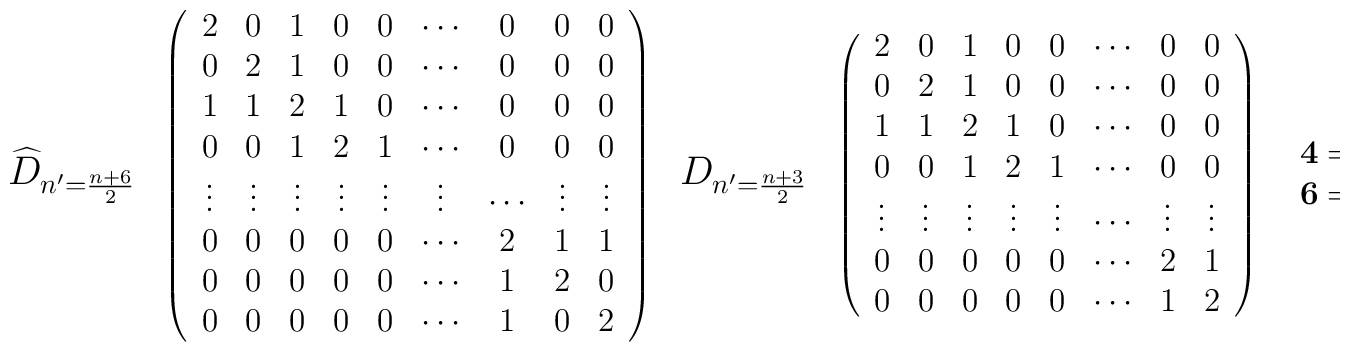
\begin{array}{ccccc}{\mbox {\large $\widehat{D}_{n'=\frac{n+6}{2}}$}}&\left(\begin{array}{ccccccccc}2 & 0 & 1 & 0 & 0 & \cdots & 0 & 0 & 0 \\0 & 2 & 1 & 0 & 0 & \cdots & 0 & 0 & 0 \\1 & 1 & 2 & 1 & 0 & \cdots & 0 & 0 & 0 \\0 & 0 & 1 & 2 & 1 & \cdots & 0 & 0 & 0 \\\vdots & \vdots & \vdots & \vdots &\vdots&\vdots& \cdots & \vdots & \vdots \\0 & 0 & 0 & 0 & 0 & \cdots & 2 & 1 & 1\\0 & 0 & 0 & 0 & 0 & \cdots & 1 & 2 & 0\\0 & 0 & 0 & 0 & 0 & \cdots & 1 & 0 & 2\\\end{array}\right)&{\mbox {\large $D_{n'=\frac{n+3}{2}}$}}&\left(\begin{array}{cccccccc}2 & 0 & 1 & 0 & 0 & \cdots & 0 & 0 \\0 & 2 & 1 & 0 & 0 & \cdots & 0 & 0 \\1 & 1 & 2 & 1 & 0 & \cdots & 0 & 0 \\0 & 0 & 1 & 2 & 1 & \cdots & 0 & 0 \\\vdots & \vdots & \vdots & \vdots & \vdots & \cdots & \vdots & \vdots \\0 & 0 & 0 & 0 & 0 & \cdots & 2 & 1 \\0 & 0 & 0 & 0 & 0 & \cdots & 1 & 2 \\\end{array}\right)&\begin{array}{l}{\bf 4} = {\bf 1^2} \bigoplus {\bf 2} \\{\bf 6} = {\bf 1^2} \bigoplus {\bf 2^2} \\\end{array}\end{array}